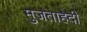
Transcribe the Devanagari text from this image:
मुजताहेदी